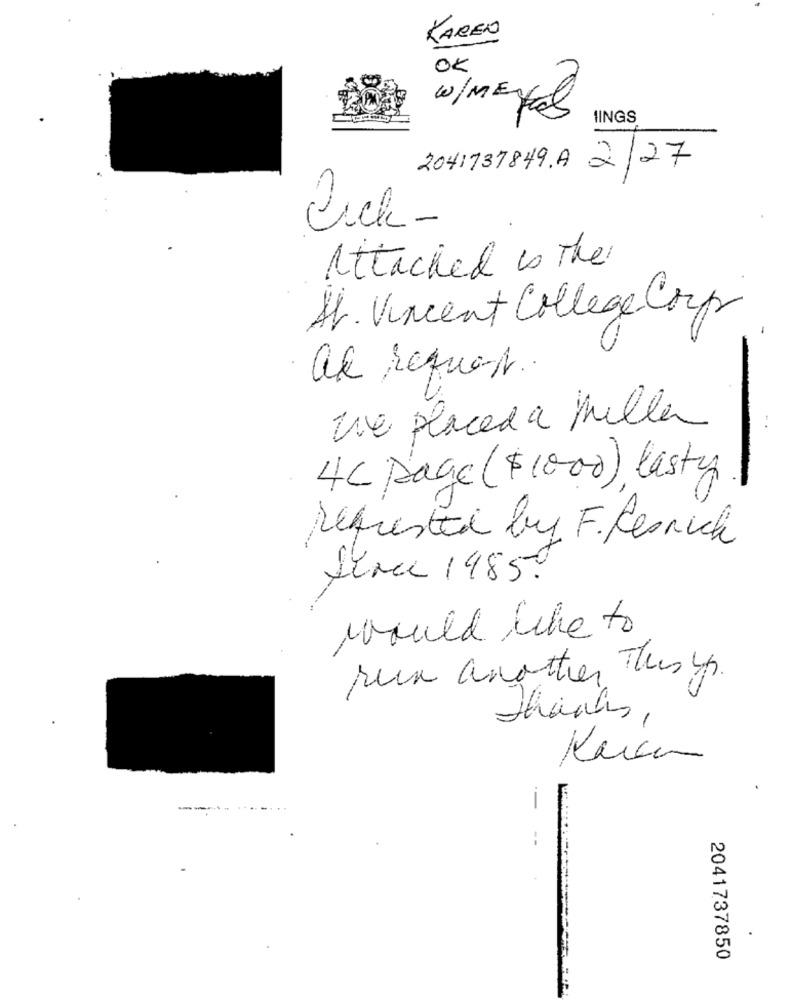
KAREN
OK
W/ Metal
IINGS
041737849 . A 2/27
Pick-
Attached is The
AV. Vincent College Coup
al request.
Via placed a Mille
4C page ($1000) lasty
Defrested by F. Pesnick
Since 1985.
would like to
run another Thus sp
thanks,
----.........
2041737850